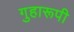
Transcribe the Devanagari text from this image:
गुहारूपी